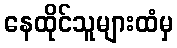
နေထိုင်သူများထံမှ